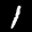
Label: 1